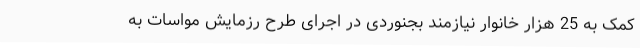
کمک به 25 هزار خانوار نیازمند بجنوردی در اجرای طرح رزمایش مواسات به